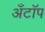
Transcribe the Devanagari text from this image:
अँटॉप